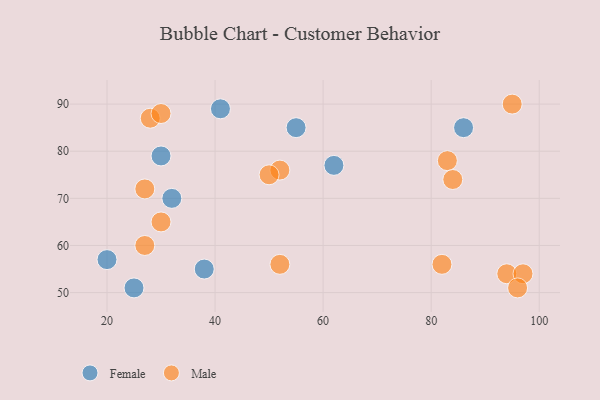
{"axis": {"x": "GDP", "y": "Life Expectancy"}, "legend": ["Female", "Male"], "data": [{"x": "55", "y": 85, "type": "Female"}, {"x": "25", "y": 51, "type": "Female"}, {"x": "86", "y": 85, "type": "Female"}, {"x": "20", "y": 57, "type": "Female"}, {"x": "38", "y": 55, "type": "Female"}, {"x": "32", "y": 70, "type": "Female"}, {"x": "62", "y": 77, "type": "Female"}, {"x": "41", "y": 89, "type": "Female"}, {"x": "30", "y": 79, "type": "Female"}, {"x": "52", "y": 56, "type": "Male"}, {"x": "94", "y": 54, "type": "Male"}, {"x": "83", "y": 78, "type": "Male"}, {"x": "95", "y": 90, "type": "Male"}, {"x": "97", "y": 54, "type": "Male"}, {"x": "27", "y": 60, "type": "Male"}, {"x": "27", "y": 72, "type": "Male"}, {"x": "52", "y": 76, "type": "Male"}, {"x": "30", "y": 65, "type": "Male"}, {"x": "28", "y": 87, "type": "Male"}, {"x": "30", "y": 88, "type": "Male"}, {"x": "84", "y": 74, "type": "Male"}, {"x": "50", "y": 75, "type": "Male"}, {"x": "96", "y": 51, "type": "Male"}, {"x": "82", "y": 56, "type": "Male"}]}